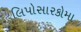
લિપોસારકોમા